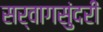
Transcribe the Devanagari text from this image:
सर्वागसुंदरी